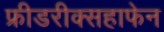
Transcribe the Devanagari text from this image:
फ्रीडरीक्सहाफेन